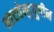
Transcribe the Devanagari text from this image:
भारतेन्दुयुगीन